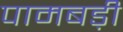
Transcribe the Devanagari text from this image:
पामबड़ी